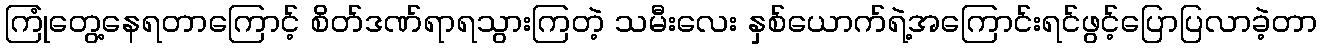
ကြုံတွေ့နေရတာကြောင့် စိတ်ဒဏ်ရာရသွားကြတဲ့ သမီးလေး နှစ်ယောက်ရဲ့အကြောင်းရင်ဖွင့်ပြောပြလာခဲ့တာ